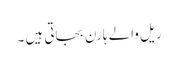
ریل والے ہارن بجاتی ہیں ۔